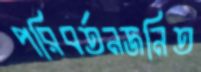
পরিবর্তনজনিত